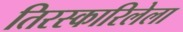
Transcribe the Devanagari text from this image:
तिरस्कारिलेला